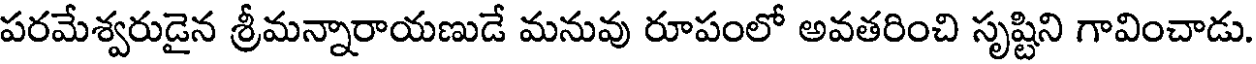
పరమేశ్వరుడైన శ్రీమన్నారాయణుడే మనువు రూపంలో అవతరించి సృష్టిని గావించాడు